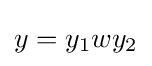
y=y_{1}wy_{2}